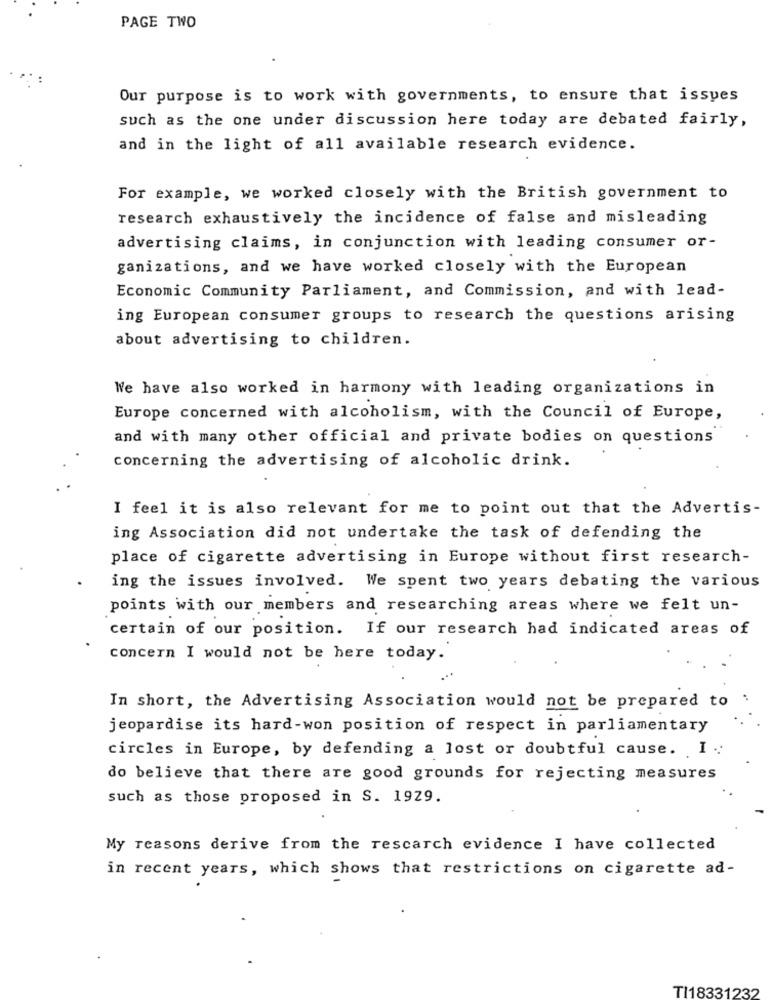
PAGE TWO
Our purpose is to work with governments, to ensure that issues
such as the one under discussion here today are debated fairly,
and in the light of all available research evidence.
For example, we worked closely with the British government to
research exhaustively the incidence of false and misleading
advertising claims, in conjunction with leading consumer or-
ganizations, and we have worked closely with the European
Economic Community Parliament, and Commission, and with lead-
ing European consumer groups to research the questions arising
about advertising to children.
We have also worked in harmony with leading organizations in
Europe concerned with alcoholism, with the Council of Europe,
and with many other official and private bodies on questions
concerning the advertising of alcoholic drink.
I feel it is also relevant for me to point out that the Advertis-
ing Association did not undertake the task of defending the
place of cigarette advertising in Europe without first research-
ing the issues involved. We spent two years debating the various
points with our members and researching areas where we felt un-
certain of our position. If our research had indicated areas of
concern I would not be here today.
In short, the Advertising Association would not be prepared to :
jeopardise its hard-won position of respect in parliamentary
circles in Europe, by defending a lost or doubtful cause. I .
do believe that there are good grounds for rejecting measures
such as those proposed in S. 1929.
My reasons derive from the rescarch evidence I have collected
in recent years, which shows that restrictions on cigarette ad-
TI18331232